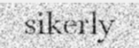
sikerly